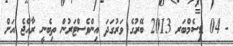
- 04 ޑިސެމްބަރ 2013 ބޭރުގެ ވަރުގަދަ އިންވެސްޓަރުން ތިބެނީ ރާއްޖެ އަށް